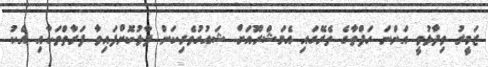
ޒަމީރު ވިދާޅުވީ އަންނަ ހަފްތާގެ ތެރޭގައި އެމަޝްރޫއަށް ޝައުގުވެރިކަން ފާޅުކޮށްފައިވާ ފަރާތްތަކާއި އެކު